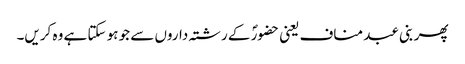
پھر بنی عبد مناف یعنی حضورؐ کے رشتہ داروں سے جو ہو سکتا ہے وہ کریں۔